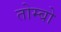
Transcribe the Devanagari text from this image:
तोम्बो